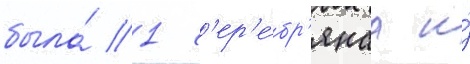
была́ 1 с'ер'е́бр'янаа и́